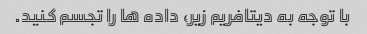
با توجه به دیتافریم زیر، داده ها را تجسم کنید.